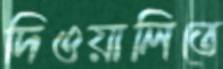
দিওয়ালিতে